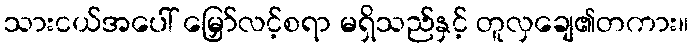
သားငယ်အပေါ် မြှော်လင့်စရာ မရှိသည်နှင့် တူလှချေ၏တကား။